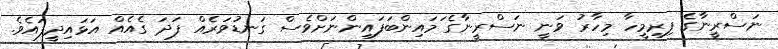
ނަސްރީނާގެ ފިރިމީހާ މިހާރު ވަނީ ނަސްރީނާގެ ަމައިންބަފައިންނަށްވެސް ގަނޑުވަރެއް ފަދަ ގެއެއް އަޅައިދީފައެވެ.